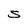
Character: S